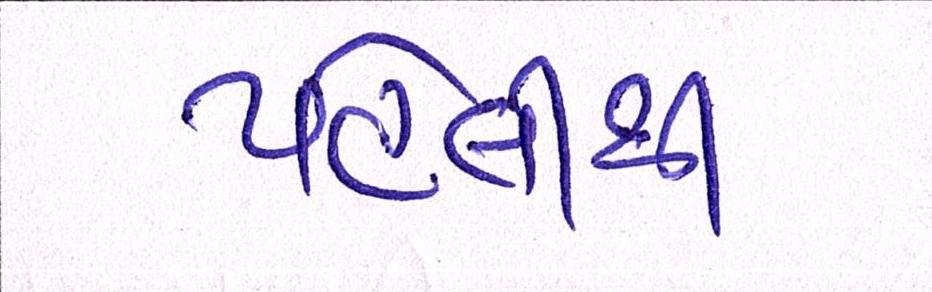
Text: પહેલીથી